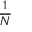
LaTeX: \frac { 1 } { N }